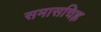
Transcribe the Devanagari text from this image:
समासचिह्न